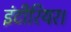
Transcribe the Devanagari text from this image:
इंटीरियर।